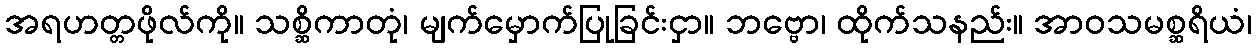
အရဟတ္တဖိုလ်ကို။ သစ္ဆိကာတုံ၊ မျက်မှောက်ပြုခြင်းငှာ။ ဘဗ္ဗော၊ ထိုက်သနည်း။ အာဝသမစ္ဆရိယံ၊